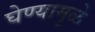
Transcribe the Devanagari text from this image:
घेण्यामुळे